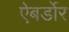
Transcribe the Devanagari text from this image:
ऐबर्डोर